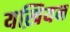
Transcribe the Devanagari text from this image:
यख़ियन